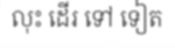
លុះ ដើរ ទៅ ទៀត